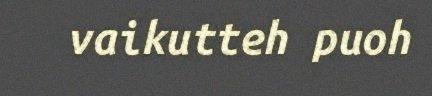
vaikutteh puoh